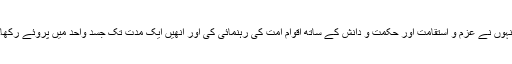
انہوں نے عزم و استقامت اور حکمت و دانش کے ساتھ اقوام امت کی رہنمائی کی اور انھیں ایک مدت تک جسد واحد میں پروئے رکھا۔